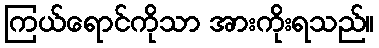
ကြယ်ရောင်ကိုသာ အားကိုးရသည်။